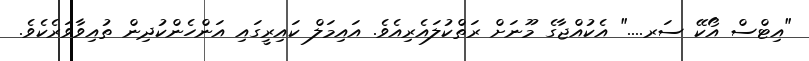
"އިޓްސް އޯކޭ ސަރ...." އެކުއްޖާގެ މޫނަށް ރަތްކުލައެރިއެވެ. އައިމަލް ކައިރީގައި އަންހެންކުދިން ތުއިވާވަރެކެވެ.